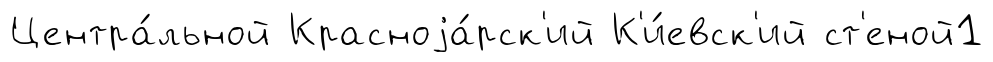
Центра́льной Красноjа́рск'ий К'и́евск'ий ст'еной1